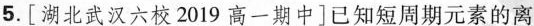
5.[湖北武汉六校2019高一期中]已知短周期元素的离